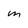
Character: M